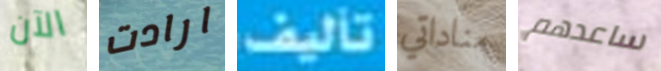
الآن ارادت تأليف مناداتي ساعدهم